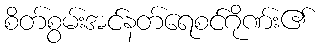
စိတ်စွမ်းအင်နတ်ရေစင်ဂိုဏ်း၏